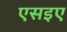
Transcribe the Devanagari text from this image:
एसइए